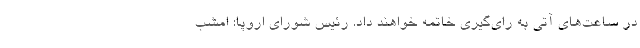
در ساعت‌های آتی به رای‌گیری خاتمه خواهند داد. رئیس شورای اروپا: امشب